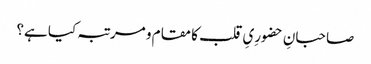
صاحبانِ حضورِیِ قلب کا مقام و مرتبہ کیا ہے؟